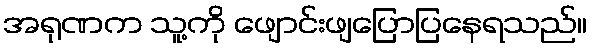
အရုဏက သူ့ကို ဖျောင်းဖျပြောပြနေရသည်။